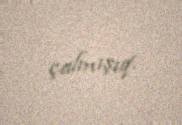
çalmışıq.